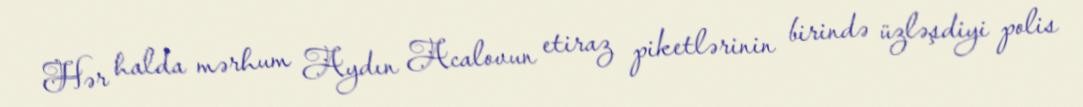
Hər halda mərhum Aydın Acalovun etiraz piketlərinin birində üzləşdiyi polis